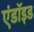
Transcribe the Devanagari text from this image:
एंडॉइड